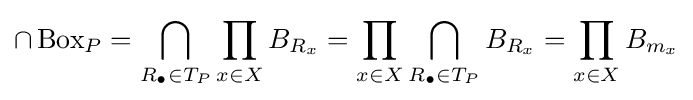
\cap \operatorname {Box} _{P}=\bigcap _{R_{\bullet }\in T_{P}}\prod _{x\in X}B_{R_{x}}=\prod _{x\in X}\bigcap _{R_{\bullet }\in T_{P}}B_{R_{x}}=\prod _{x\in X}B_{m_{x}}